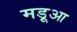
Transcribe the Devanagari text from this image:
मड़ूआ